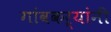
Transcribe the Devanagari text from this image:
गांवकऱ्यांनी